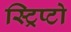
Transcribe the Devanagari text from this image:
स्ट्रिप्टो